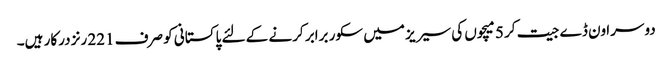
دوسرا ون ڈے جیت کر 5 میچوں کی سیریز میں سکور برابر کرنے کے لئے پاکستانی کو صرف 221 رنز درکار ہیں۔